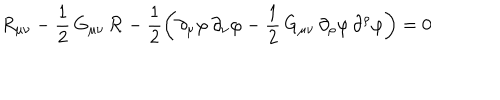
LaTeX: R _ { \mu \nu } - \frac { 1 } { 2 } \, G _ { \mu \nu } \, { \cal R } - \frac { 1 } { 2 } \left( \partial _ { \mu } \varphi \, \partial _ { \nu } \varphi - \frac { 1 } { 2 } \, G _ { \mu \nu } \, \partial _ { \rho } \varphi \, \partial ^ { \rho } \varphi \right) = 0